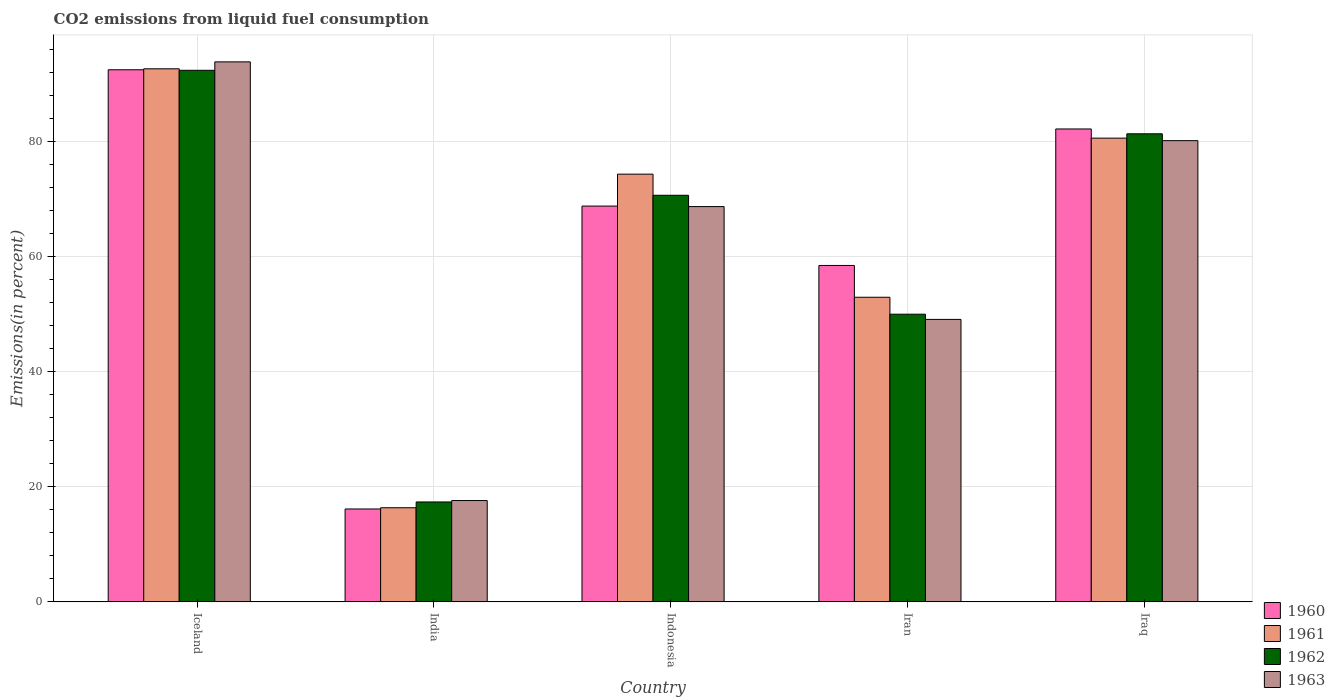
| Country | 1960 | 1961 | 1962 | 1963 |
 | --- | --- | --- | --- | --- |
 | Iceland | 92.4 | 92.6 | 92.4 | 93.8 |
 | India | 16.1 | 16.4 | 17.4 | 17.6 |
 | Indonesia | 68.8 | 74.3 | 70.6 | 68.7 |
 | Iran | 58.4 | 52.9 | 50 | 49.1 |
 | Iraq | 82.2 | 80.6 | 81.3 | 80.1 |